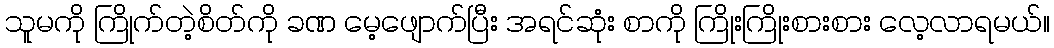
သူမကို ကြိုက်တဲ့စိတ်ကို ခဏ မေ့ဖျောက်ပြီး အရင်ဆုံး စာကို ကြိုးကြိုးစားစား လေ့လာရမယ်။